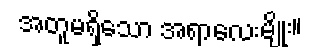
အတူမရှိသော အရာလေးမျိုး။